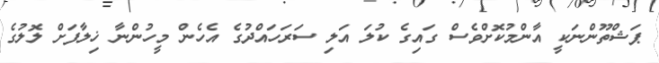
ޕަޝްތޫންނަކީ އާންމުކޮށްވެސް ގައިގެ ކުލަ އަލި ސަރަހައްދުގެ އެހެން މީހުންނާ ޚިލާފަށް ލޮލުގެ